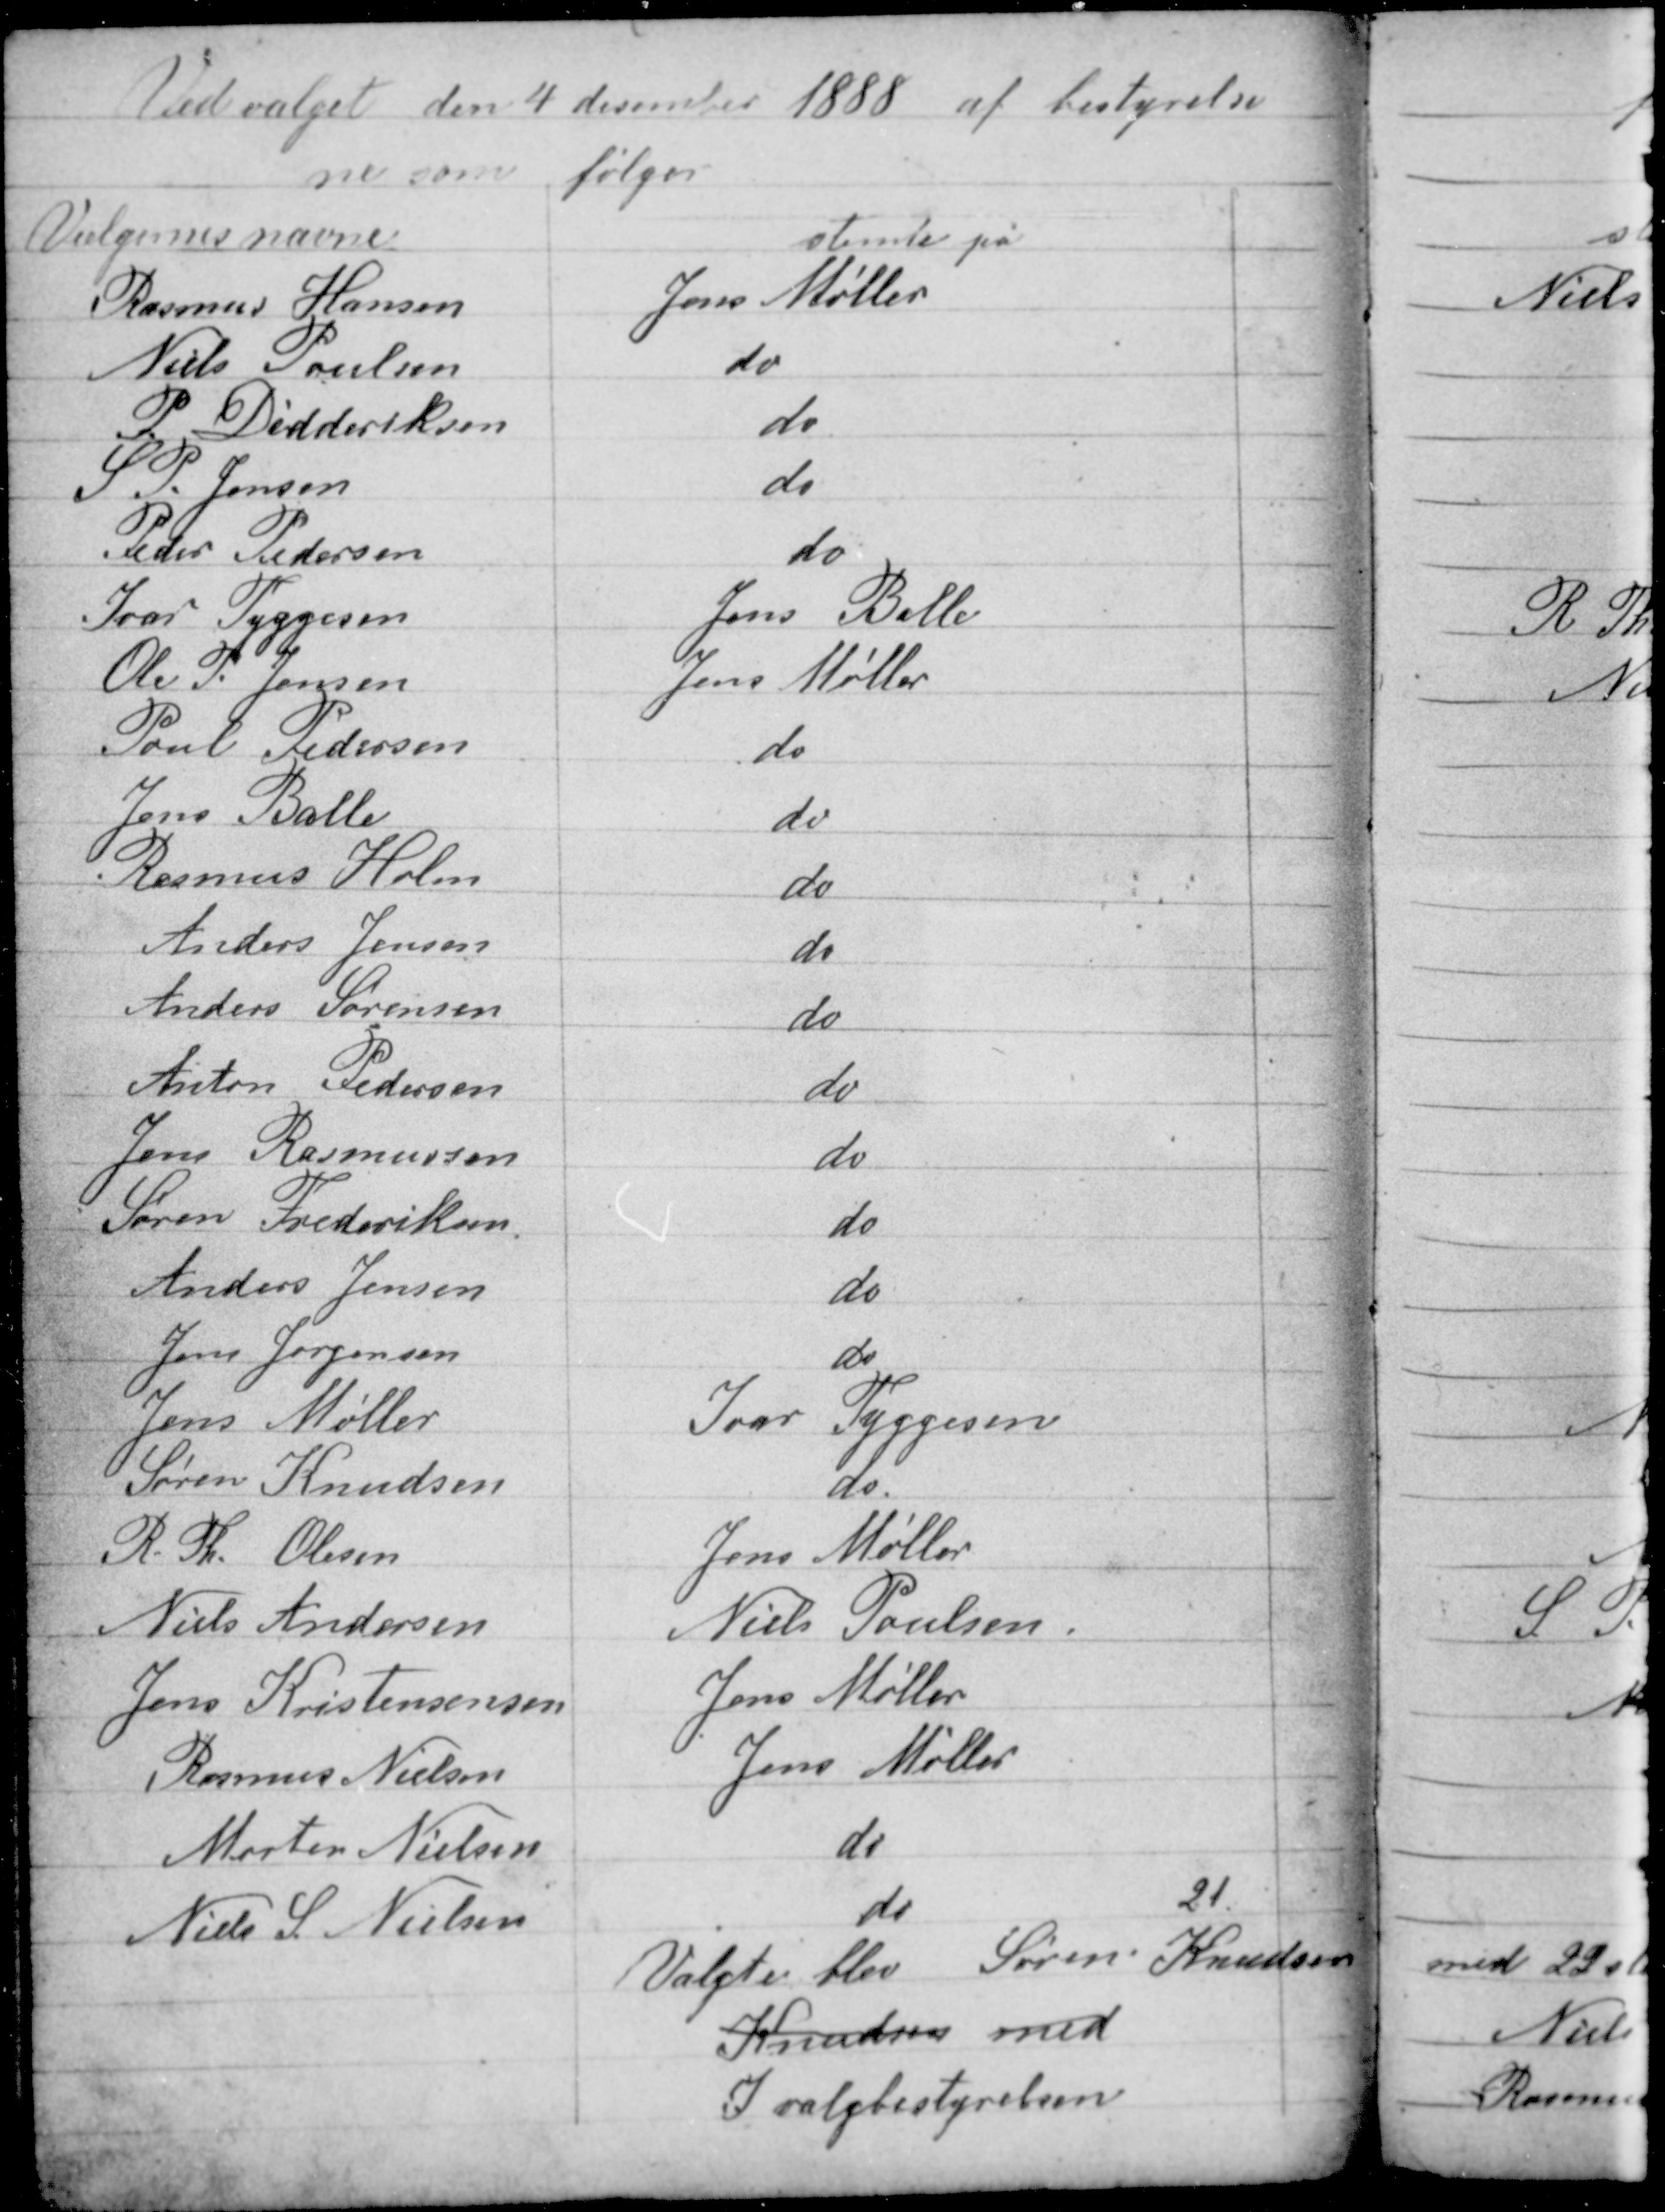
Transskription:
Ved valget den 4 december 1888 af bestyrelse
ne som sølger

21

Valgte blev Søren Knudsen
Knudsen med
I valgbestyrelsen